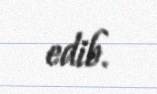
edib.